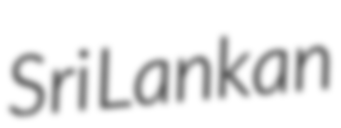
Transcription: Sri Lankan